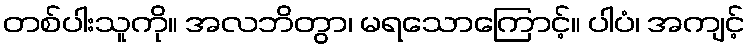
တစ်ပါးသူကို။ အလဘိတွာ၊ မရသောကြောင့်။ ပါပံ၊ အကျင့်